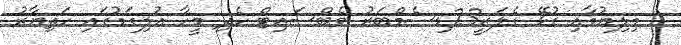
މިލިޔުމާއި ގުޅޭ ގެލަރީ23ޑިސެމްބަރު ވެބްސައިޓް ހެދި މީހާ އުލިގަމުގައި ހަތިޔާރު